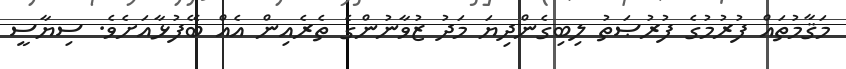
މަޤާމުތައް ފުރުމުގެ ފުރުޞަތު ލިބިގެންދިޔަ މަދު ޒުވާނުންގެ ތެރެއިން އެއް ބޭފުޅާއަށެވެ. ސިޔާސީ